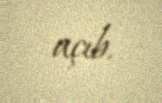
açıb.